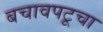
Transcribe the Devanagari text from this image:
बचावपटूचा